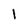
Character: 1